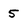
Character: 5